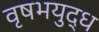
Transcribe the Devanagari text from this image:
वृषभयुद्ध